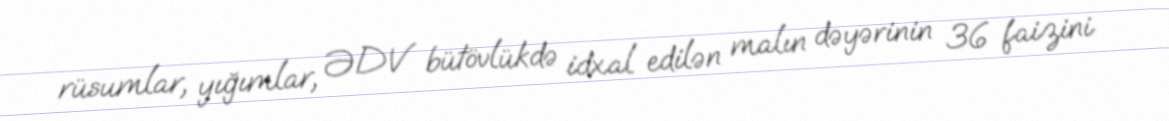
rüsumlar, yığımlar, ƏDV bütövlükdə idxal edilən malın dəyərinin 36 faizini